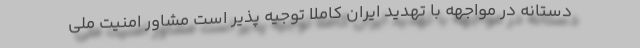
دستانه در مواجهه با تهدید ایران کاملا توجیه پذیر است مشاور امنیت ملی